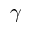
\gamma